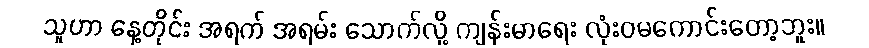
သူဟာ နေ့တိုင်း အရက် အရမ်း သောက်လို့ ကျန်းမာရေး လုံးဝမကောင်းတော့ဘူး။